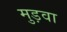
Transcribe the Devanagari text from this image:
मुड़वा